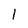
Character: 1